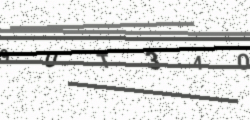
Text: 9UT340